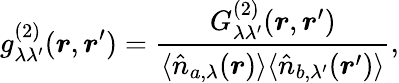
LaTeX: g_{\lambda\lambda^{\prime}}^{(2)}(\boldsymbol{r},\boldsymbol{r}^{\prime})=\frac{G_{\lambda\lambda^{\prime}}^{(2)}(\boldsymbol{r},\boldsymbol{r}^{\prime})}{\langle\hat{n}_{a,\lambda}(\boldsymbol{r})\rangle\langle\hat{n}_{b,\lambda^{\prime}}(\boldsymbol{r}^{\prime})\rangle},